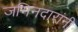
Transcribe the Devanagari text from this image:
जमिनदारांनी